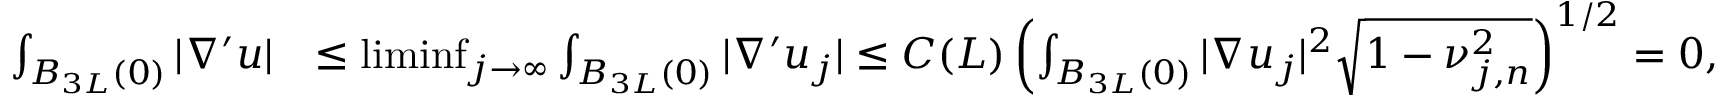
\begin{array} { r l } { \int _ { B _ { 3 L } ( 0 ) } | \nabla ^ { \prime } u | } & { \leq \operatorname* { l i m i n f } _ { j \rightarrow \infty } \int _ { B _ { 3 L } ( 0 ) } | \nabla ^ { \prime } u _ { j } | \leq C ( L ) \left( \int _ { B _ { 3 L } ( 0 ) } | \nabla u _ { j } | ^ { 2 } \sqrt { 1 - \nu _ { j , n } ^ { 2 } } \right) ^ { 1 / 2 } = 0 , } \end{array}